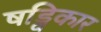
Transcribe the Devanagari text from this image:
षड्विकार